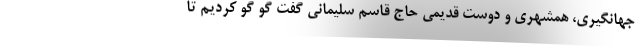
جهانگیری، همشهری و دوست قدیمی حاج قاسم سلیمانی گفت گو گو کردیم تا